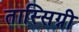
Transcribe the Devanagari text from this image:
तास्सिग्नी